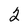
Character: 2